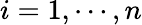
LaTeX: i=1,\cdots,n